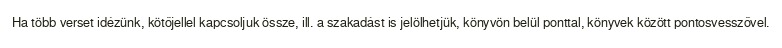
Ha több verset idézünk, kötőjellel kapcsoljuk össze, ill. a szakadást is jelölhetjük, könyvön belül ponttal, könyvek között pontosvesszővel.